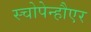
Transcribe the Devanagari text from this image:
स्चोपेन्हौएर